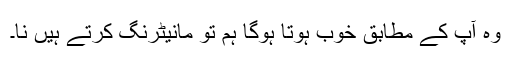
وہ آپ کے مطابق خوب ہوتا ہوگا ہم تو مانیٹرنگ کرتے ہیں نا۔